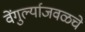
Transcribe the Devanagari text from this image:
वेंगुर्ल्याजवळचे